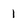
Character: 1